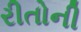
રીતોની